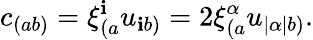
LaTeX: c_{(ab)}=\xi_{(a}^{\mathbf{i}}u_{\mathbf{i}b)}=2\xi_{(a}^{\alpha}u_{|\alpha|b)}.